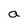
Character: a